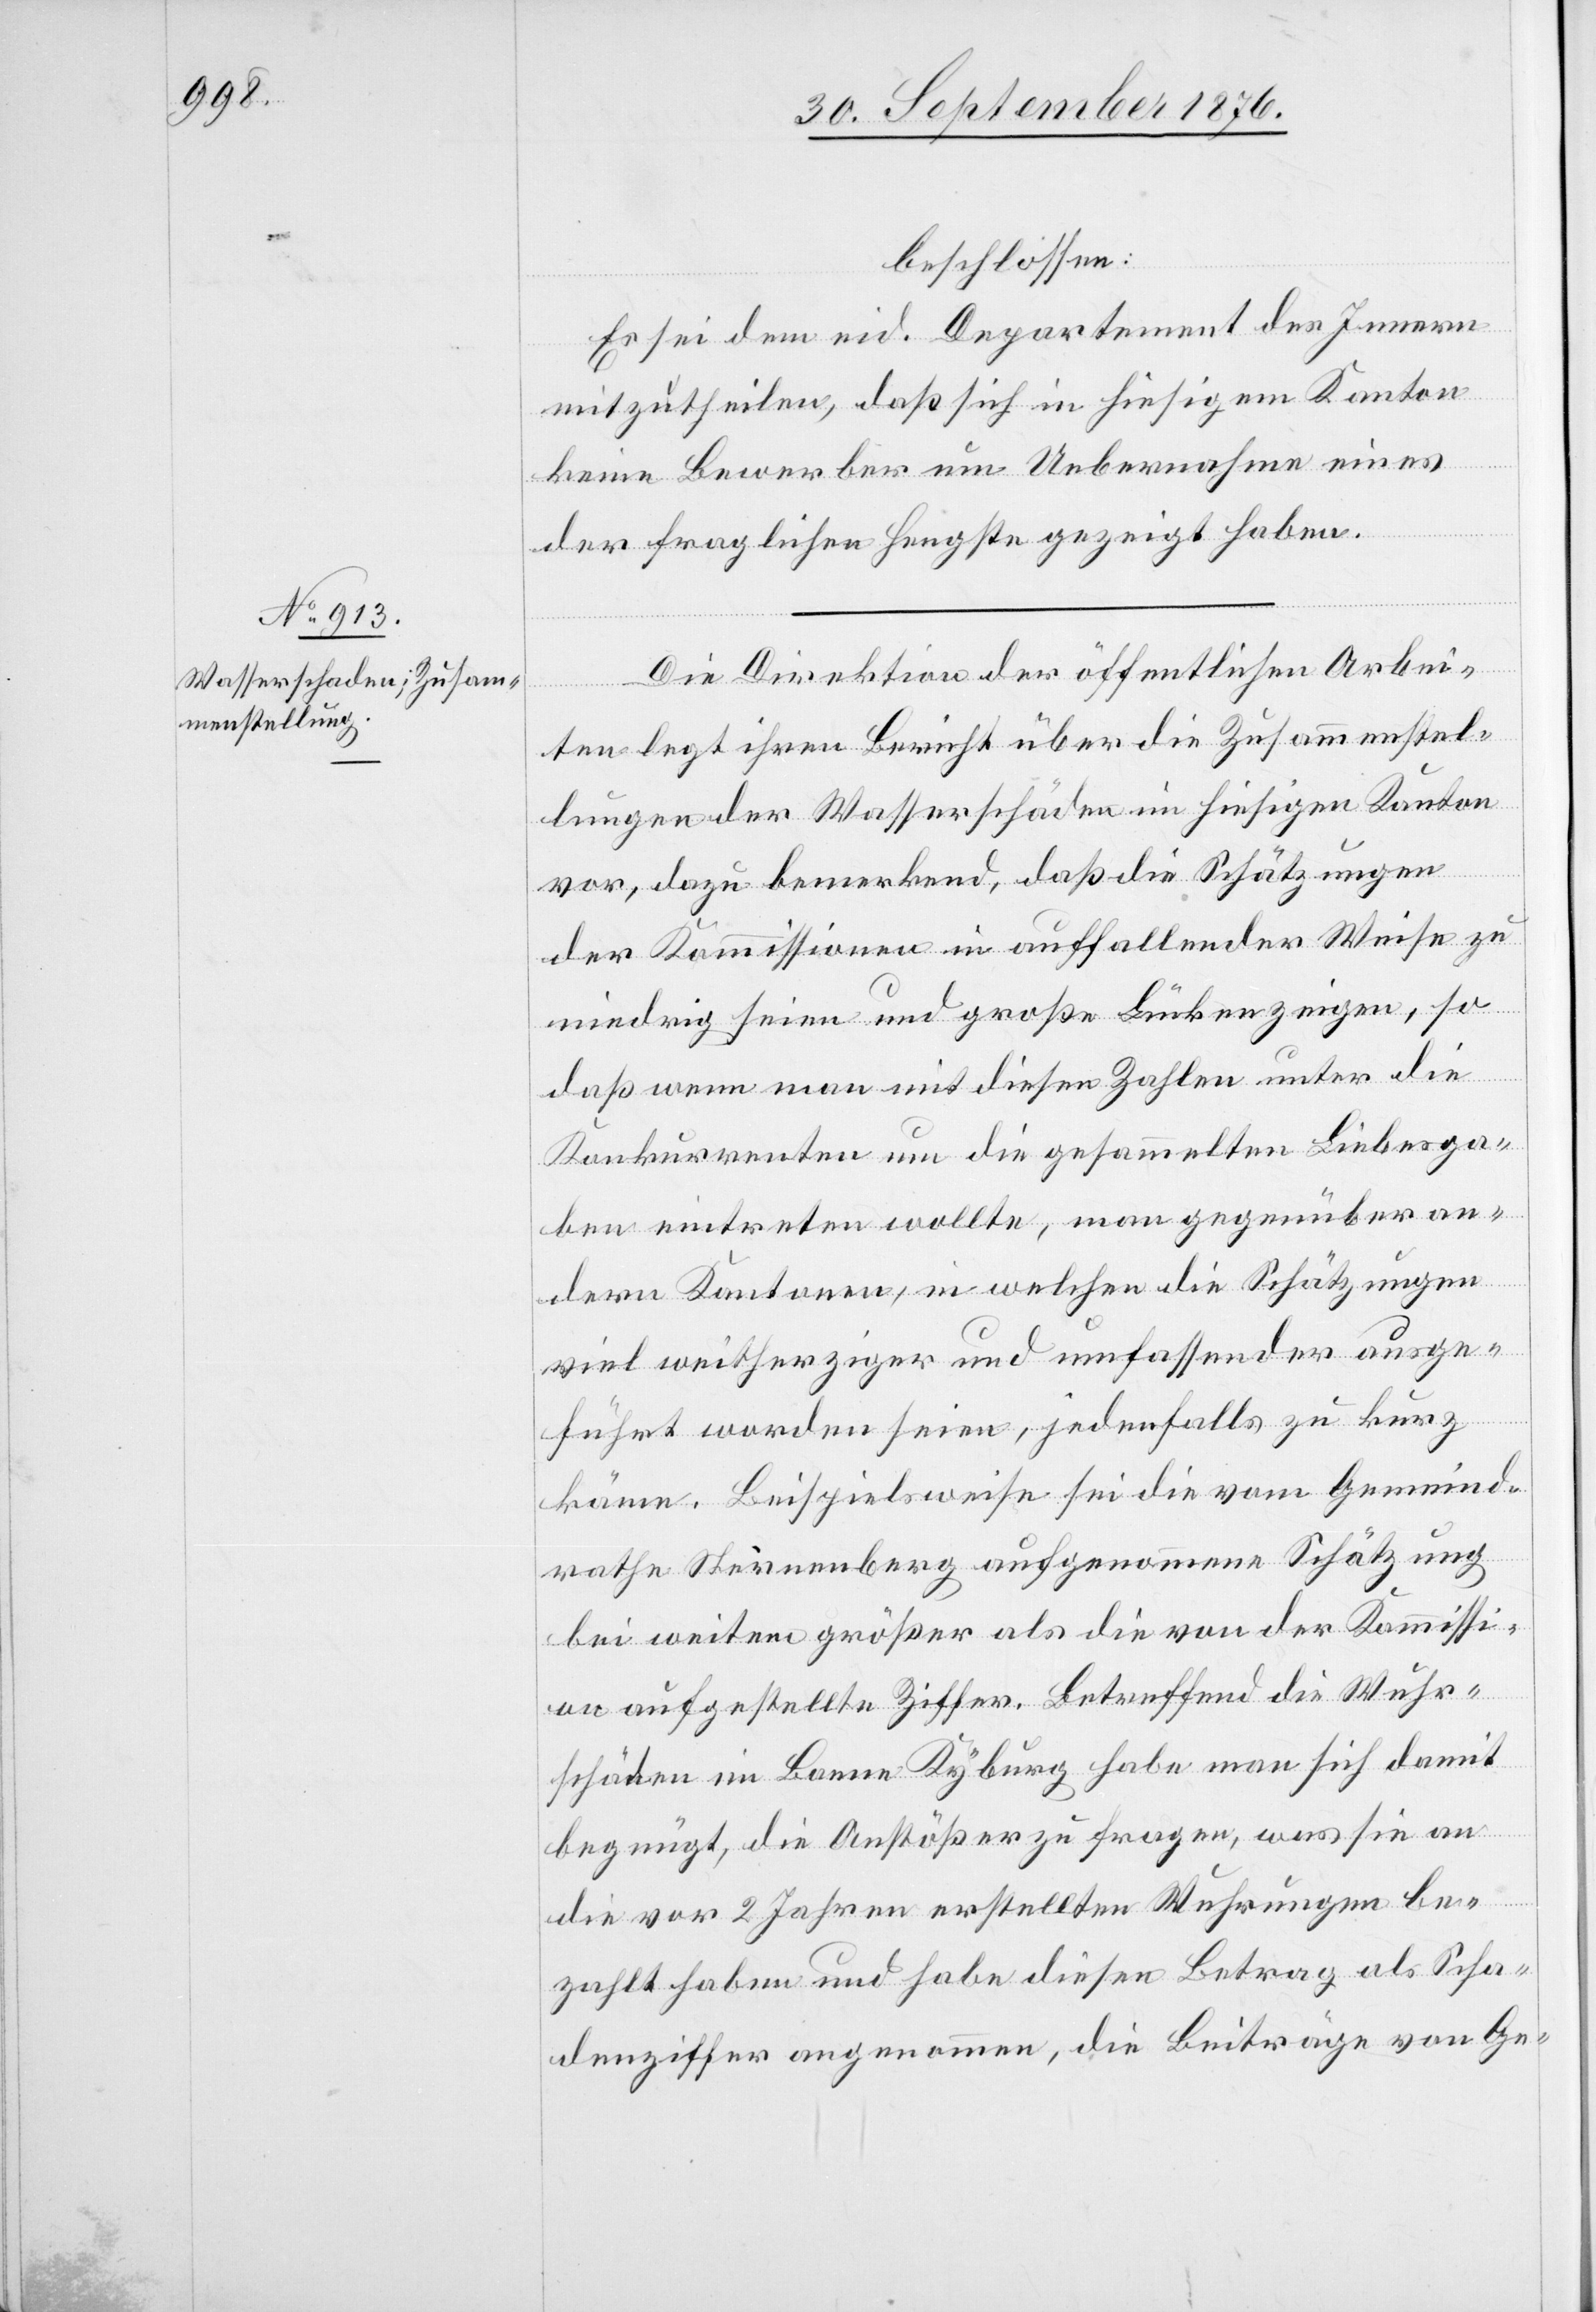
beschlossen:
Es sei dem eid. Departement des Innern
mitzutheilen, daß sich in hiesigem Kanton
keine Bewerber um Uebernahme eines
der fraglichen Hengste gezeigt haben.
Die Direktion der öffentlichen Arbei¬
ten legt ihren Bericht über die Zusammenstel¬
lungen der Wasserschäden im hiesigen Kanton
vor, dazu bemerkend, daß die Schätzungen
der Kommissionen in auffallender Weise zu
niedrig seien und große Lücken zeigen, so
daß wenn man mit diesen Zahlen unter die
Konkurrenten und die gesammelten Liebesga¬
ben eintreten wollte, man gegenüber an¬
dern Kantonen, in welchen die Schätzung
viel weitherziger und umfassender ausge¬
führt worden seien, jedenfalls zu kurz
käme. Beispielsweise sei die vom Gemeind¬
rathe Sternenberg aufgenommene Schätzung
bei weitem größer als die von der Kommissi¬
on aufgestellte Ziffer. Betreffend die Wuhr¬
schäden im Banne Kyburg habe man sich damit
begnügt, die Anstößer zu fragen, was sie an
die vor 2 Jahren erstellten Wuhrungen be¬
zahlt haben und habe diesen Betrag als Scha¬
denziffer angenommen, die Beiträge von Ge-